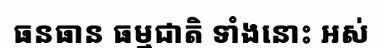
ធនធាន ធម្មជាតិ ទាំងនោះ អស់